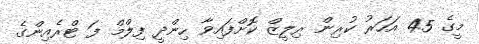
މީގެ 45 އަހަރު ކުރިން ރިލީޒް ކޮށްފައިވާ ހިންދީ ފިލްމް ފަ ޓްރެއިންގެ